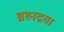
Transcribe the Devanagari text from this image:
ब्रह्मद्रवा